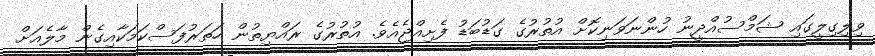
ވިލިގިލީގައި ޝަމްސުއްދީނު ހުންނަވަނިކޮށް އުތުރުގެ ގަޑުބަޑު ފެށިއްޖެއެވެ. އުތުރުގެ ރައްޔިތުން ހަތަރުފަސްކަމަކާއިގެން މާލެއަށް